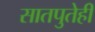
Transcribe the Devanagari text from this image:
सातपुतेही